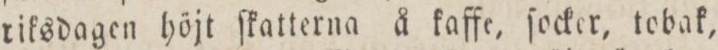
riksdagen höjt ſkatterna å kaffe, ſocker, tobak,